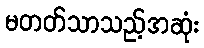
မတတ်သာသည့်အဆုံး